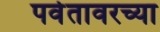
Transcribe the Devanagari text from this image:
पर्वतावरच्या